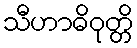
သီဟာဓိဝုတ္တိ